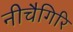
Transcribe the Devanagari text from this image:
नीचैगिरि